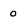
Character: 0